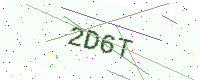
Text: 2D6T